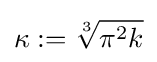
\kappa :={\sqrt[{3}]{\pi ^{2}k}}